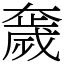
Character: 奯